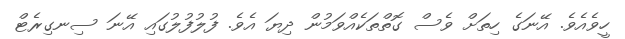
ހީވެއެވެ. އޭނަގެ ހިތަށް ވެސް ގޮތްތަކެއްވަމުން ދިޔަ އެވެ. ފުލުފުލުގައި އޭނަ ސިނގިރެޓް